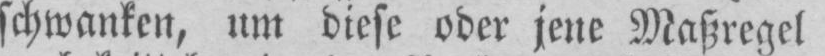
schwanken, um diese oder jene Maßregel